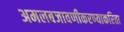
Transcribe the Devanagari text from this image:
अमलबजावणीकरण्याकरिता